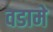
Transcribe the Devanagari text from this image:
वडामे